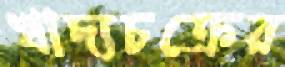
খাদ্যচক্রের